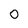
Character: O